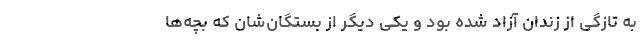
به تازگی از زندان آزاد شده بود و یکی دیگر از بستگان‌شان که بچه‌ها